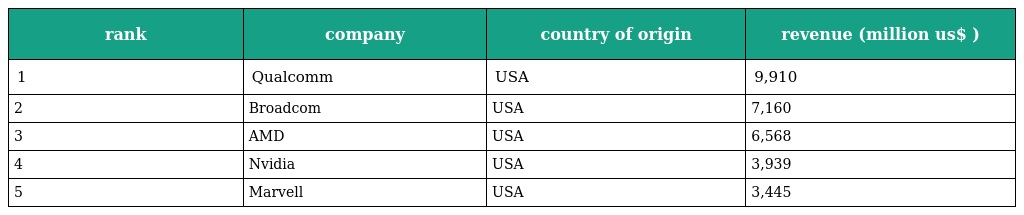
| rank | company | country of origin | revenue (million us$ ) |
 | --- | --- | --- | --- |
 | 1 | Qualcomm | USA | 9,910 |
 | 2 | Broadcom | USA | 7,160 |
 | 3 | AMD | USA | 6,568 |
 | 4 | Nvidia | USA | 3,939 |
 | 5 | Marvell | USA | 3,445 |